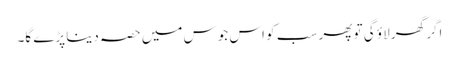
اگر گھر لاؤ گی تو پھر سب کو اس جوس میں حصہ دینا پڑے گا۔